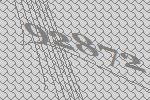
92872